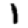
Digit: 1